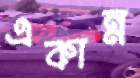
একান্ন